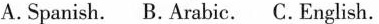
A. Spanish. B. Arabic. C. English.